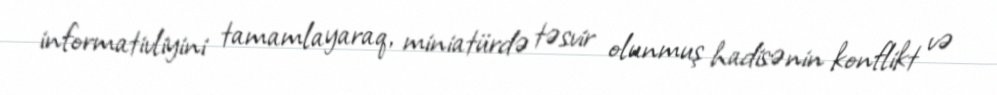
informativliyini tamamlayaraq, miniatürdə təsvir olunmuş hadisənin konflikt və